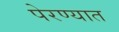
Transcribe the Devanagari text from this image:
पेरण्यात